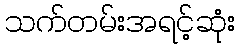
သက်တမ်းအရင့်ဆုံး